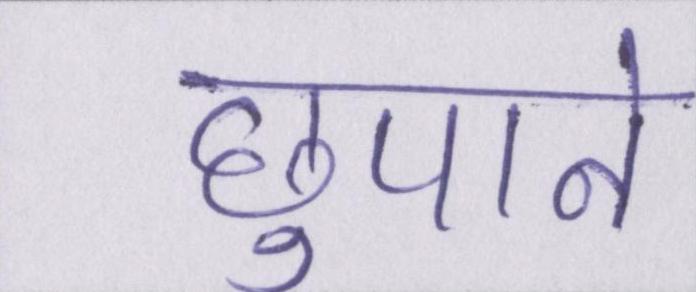
छुपाने